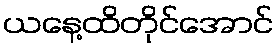
ယနေ့ထိတိုင်အောင်